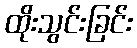
ထိုးသွင်းခြင်း